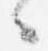
々